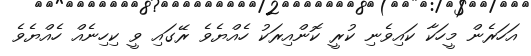
އަހަރެން މީހަކާ ކައިވެނި ކުރީ ކޮންއިރަކު ހެއްޔެވެ ރޭގައި ވީ ކިހިނެއް ހެއްޔެވެ